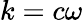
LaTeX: k=c\omega